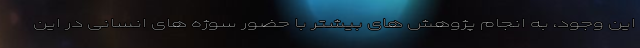
این وجود، به انجام پژوهش های بیشتر با حضور سوژه های انسانی در این